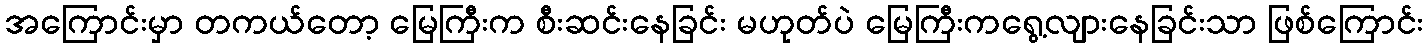
အကြောင်းမှာ တကယ်တော့ မြေကြီးက စီးဆင်းနေခြင်း မဟုတ်ပဲ မြေကြီးကရွေ့လျားနေခြင်းသာ ဖြစ်ကြောင်း